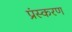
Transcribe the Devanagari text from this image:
प्रंस्करण